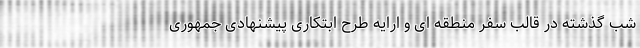
شب گذشته در قالب سفر منطقه ای و ارایه طرح ابتکاری پیشنهادی جمهوری